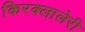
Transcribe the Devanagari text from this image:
किरक्लालेरी